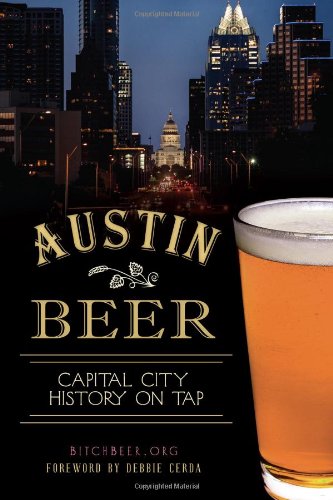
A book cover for Austin Beer:: Capital City History on Tap (American Palate); BitchBeer.org; Cookbooks, Food & Wine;